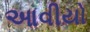
આવીયો